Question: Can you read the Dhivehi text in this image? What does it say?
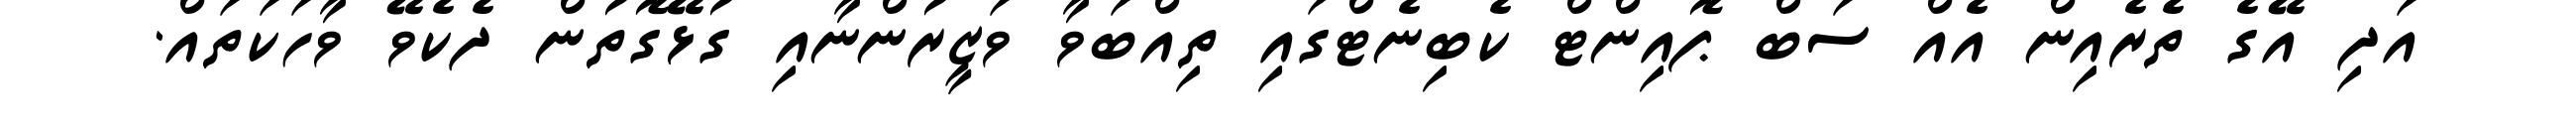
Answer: އަދި އޭގެ ތެރެއިން އެއް ސަބް ޕޮއިންޓް ކެބިނެޓްގައި ތިއްބަވާ ވަޒީރުންނާއި ގުޅޭގޮތުން ދެކެވޭ ވާހަކަތައް.